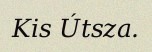
Kis Útsza.